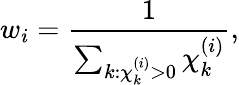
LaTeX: w_{i}=\frac{1}{\sum_{k:\chi_{k}^{(i)}>0}\chi_{k}^{(i)}},